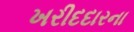
ખરીદદારના